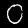
Digit: 0